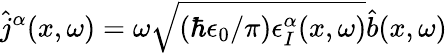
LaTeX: \hat{j}^{\alpha}(x,\omega)=\omega\sqrt{(\hbar\epsilon_{0}/\pi)\epsilon_{I}^{\alpha}(x,\omega)}\hat{b}(x,\omega)